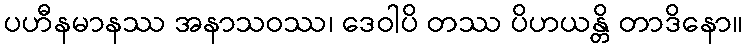
ပဟီနမာနဿ အနာသဝဿ၊ ဒေဝါပိ တဿ ပိဟယန္တိ တာဒိနော။